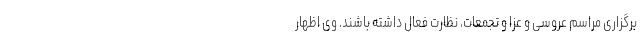
برگزاری مراسم عروسی و عزا و تجمعات، نظارت فعال داشته باشند. وی اظهار